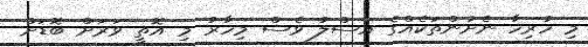
މި ހުރިހާ ނެށުންތަކެއްގެ އަސްލު ވެސް މިހާރު މި އޮތީ ވަރަށް ބޮޑަށް